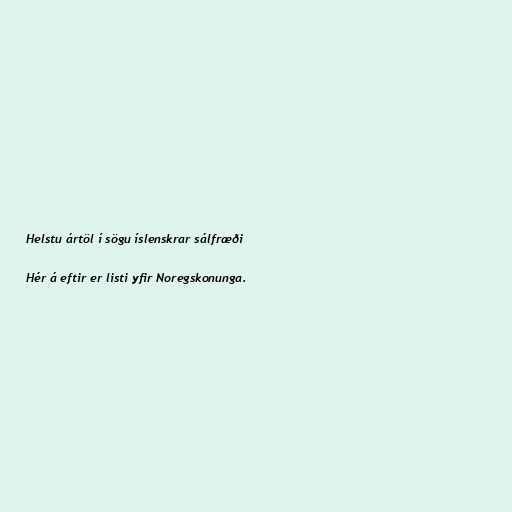
Helstu ártöl í sögu íslenskrar sálfræði

Hér á eftir er listi yfir Noregskonunga.